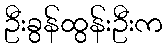
ဦးခွန်ထွန်းဦးက